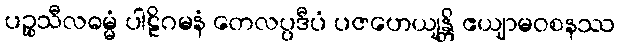
ပဉ္စသီလဓမ္မံ ပါဠိဂမနံ တေလပ္ပဒီပံ ပဇဟေယျန္တိ ဧယျာမဝစနဿ